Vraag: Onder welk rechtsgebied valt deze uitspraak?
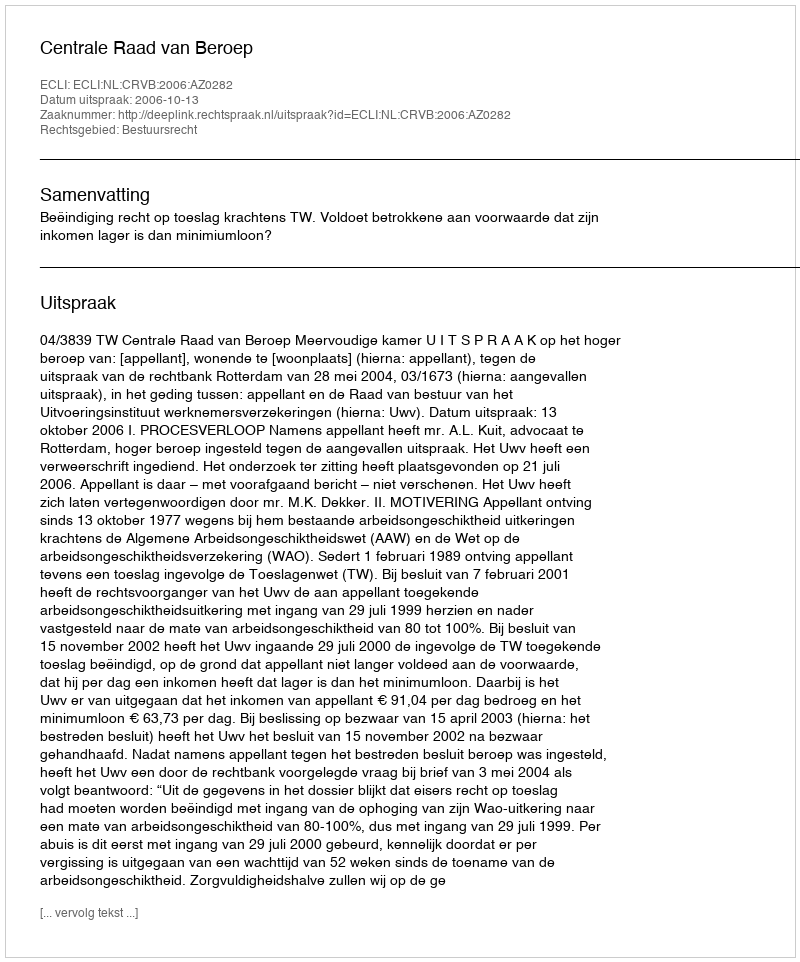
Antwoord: Bestuursrecht